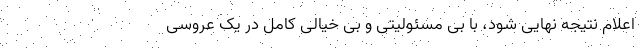
اعلام نتیجه نهایی شود، با بی مسئولیتی و بی خیالی کامل در یک عروسی